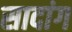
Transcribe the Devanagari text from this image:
सादांग